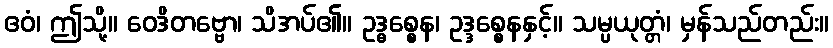
ဧဝံ၊ ဤသို့။ ဝေဒိတဗ္ဗော၊ သိအပ်၏။ ဥဒ္ဓစ္စေန၊ ဥဒ္ဒစ္စေနနှင့်။ သမ္ပယုတ္တံ၊ မှန်သည်တည်း။